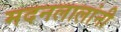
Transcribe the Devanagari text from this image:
मदनलालांनी